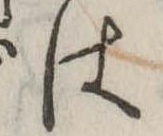
は